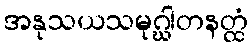
အနုသယသမုဂ္ဃါတနတ္ထံ